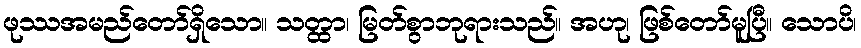
ဖုဿအမည်တော်ရှိသော။ သတ္ထာ၊ မြတ်စွာဘုရားသည်။ အဟု၊ ဖြစ်တော်မူပြီ။ သောပိ၊